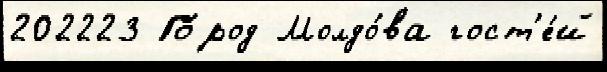
202223 Го́род Молдо́ва гост'е́й